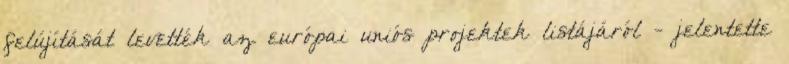
felújítását levették az európai uniós projektek listájáról - jelentette